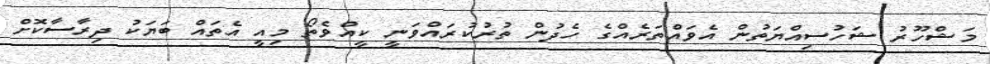
މަޝްހޫރު ޝަހުސިއްޔަތުން އެވައްތަރެއްގެ ހެދުން ތުރުކުރައްވަނީ ކީއްވެތޯ މިއީ އެތައް ބަޔަކު ދިރާސާކޮށް